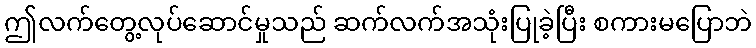
ဤလက်တွေ့လုပ်ဆောင်မှုသည် ဆက်လက်အသုံးပြုခဲ့ပြီး စကားမပြောဘဲ